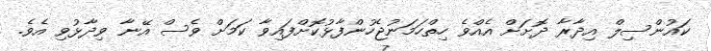
ކައުންސިލް އިދާރާ ދޮށަށް އެއްވެ ހިތްހަމަނުޖެހުންފާޅުކޮށްފައިވާ ކަމަށް ވެސް އޭނާ ވިދާޅުވި އެވެ.